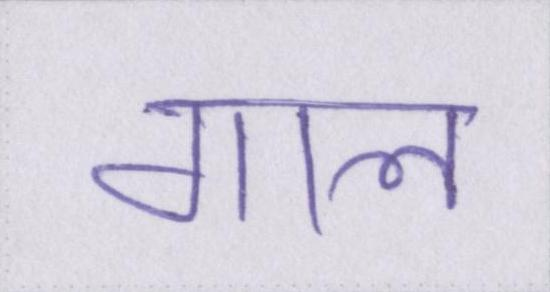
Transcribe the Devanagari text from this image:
गाल